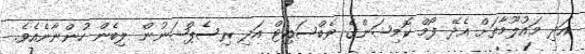
އަދި މައުލޫމާތަށް އެދޭ ފޯމް ކޮމިޝަންގެ ވެބްސައިޓް އަދި ރިސެޕްޝަނުން ލިބެން ހުންނާނެއެވެ.